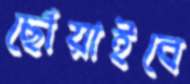
ছোঁয়াইবে